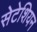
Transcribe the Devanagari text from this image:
सेटेशियन